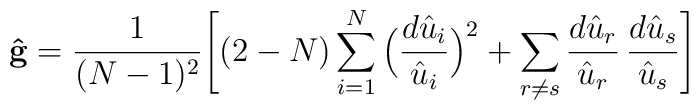
{\bf {\hat g}} = \frac{1}{(N-1)^2} \Bigg[ (2-N) \sum_{i=1}^N\Big( \frac{d{\hat u}_i}{{\hat u}_i} \Big)^2 + \sum_{r \neq s}\frac{d{\hat u}_r}{{\hat u}_r}\,\frac{d{\hat u}_s}{{\hat u}_s} \Bigg]